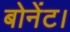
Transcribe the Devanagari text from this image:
बोनेंट।